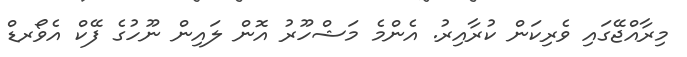
މިރާއްޖޭގައި ވެރިކަން ކުރާއިރު. އެންމެ މަޝްހޫރު އޮން ލައިން ނޫހުގެ ފޭކް އެވޯރޑް